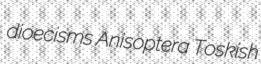
dioecisms Anisoptera Toskish